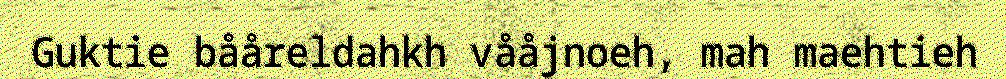
Guktie bååreldahkh vååjnoeh, mah maehtieh